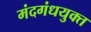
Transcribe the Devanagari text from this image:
मंदगंधयुक्त